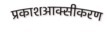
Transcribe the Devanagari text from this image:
प्रकाशआक्सीकरण